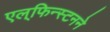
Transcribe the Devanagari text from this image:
एल्‌फिन्स्टनने